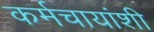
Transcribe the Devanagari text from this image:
कर्मचायांशी